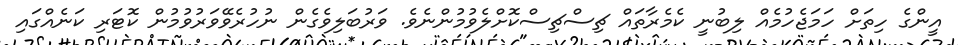
އީންގެ ހިތަށް ހަމަޖެހުމެއް ލިބުނީ ކެމެރާތައް ޗިސްޗިސްކޮށްލެވުމުންނެވެ. ވަރުބަލިވެގެން ނުހުރެވޭވަރުވުމުން ކޮޓަރި ކަނެއްގައި